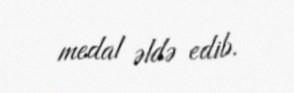
medal əldə edib.